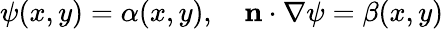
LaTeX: \psi(x,y)=\alpha(x,y),\quad\mathbf{n}\cdot\nabla\psi=\beta(x,y)